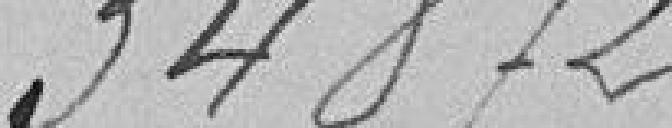
34872